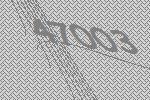
47003